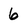
Character: 6